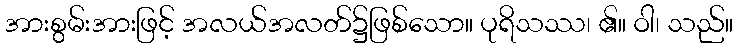
အားစွမ်းအားဖြင့် အလယ်အလတ်၌ဖြစ်သော။ ပုရိသဿ၊ ၏။ ဝါ၊ သည်။